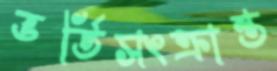
ভর্তিসংক্রান্ত